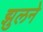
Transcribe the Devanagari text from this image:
झुलने